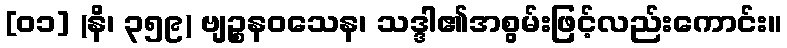
[၀၁] (နိ၊ ၃၅၉) ဗျဉ္စနဝသေန၊ သဒ္ဒါ၏အစွမ်းဖြင့်လည်းကောင်း။